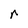
Character: r